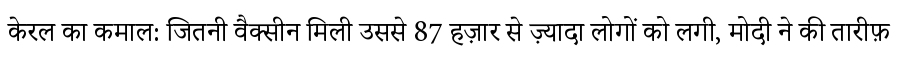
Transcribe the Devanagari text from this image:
केरल का कमाल: जितनी वैक्सीन मिली उससे 87 हज़ार से ज़्यादा लोगों को लगी, मोदी ने की तारीफ़